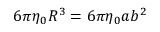
6 \pi \eta _ { 0 } R ^ { 3 } = 6 \pi \eta _ { 0 } a b ^ { 2 }